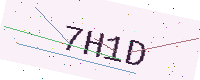
Text: 7H1D